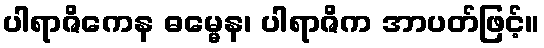
ပါရာဇိကေန ဓမ္မေန၊ ပါရာဇိက အာပတ်ဖြင့်။